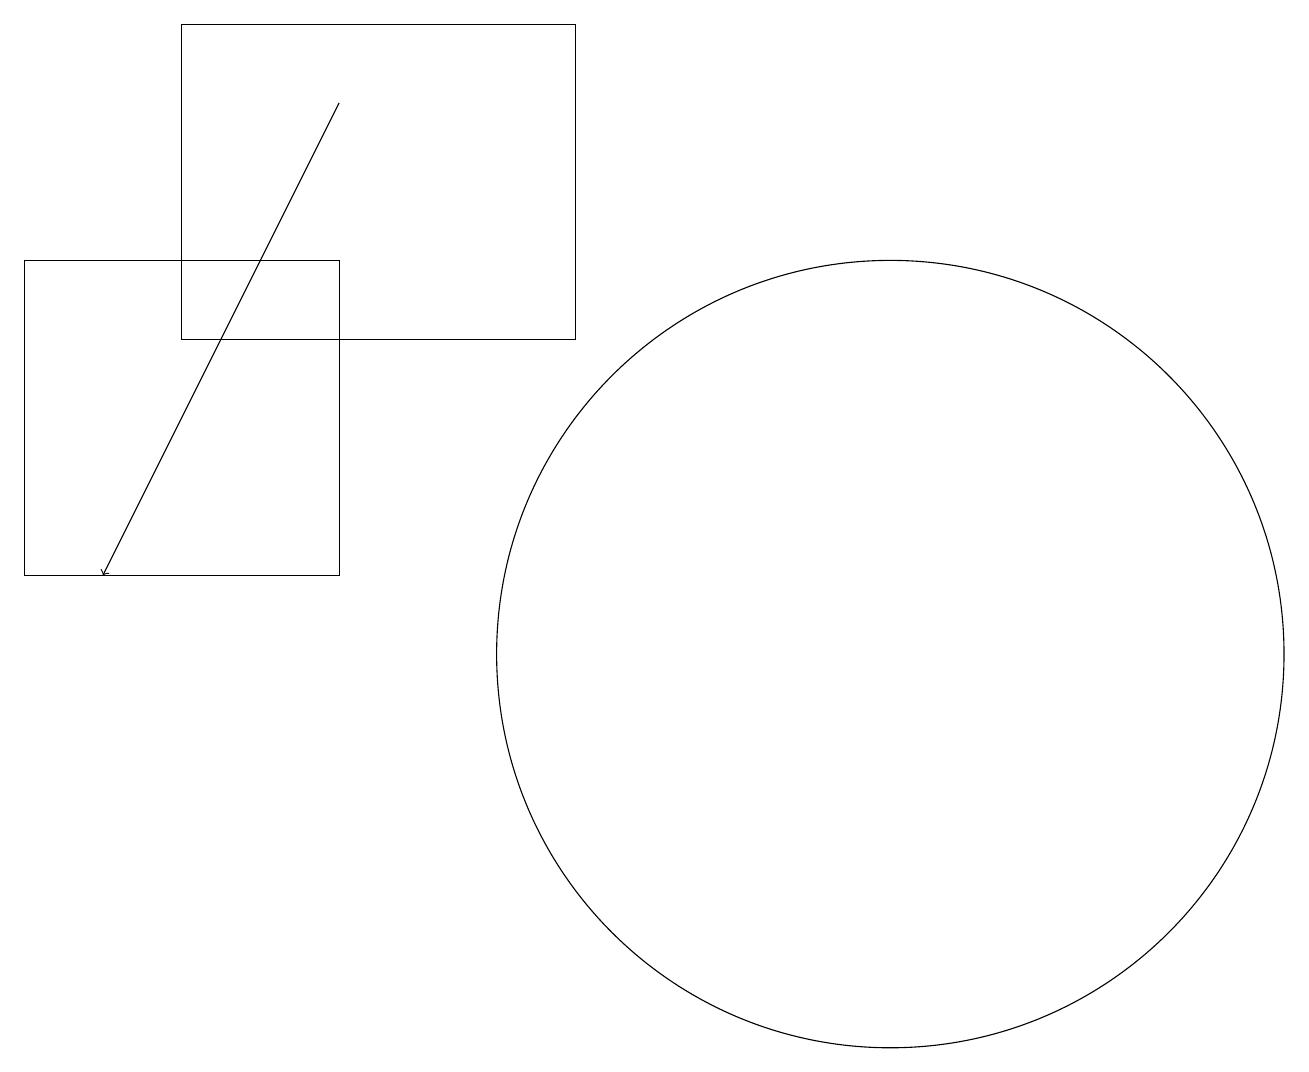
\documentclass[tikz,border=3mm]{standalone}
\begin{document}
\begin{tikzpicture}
\draw[->] (5,17) -- (2,11);
\draw (8,18) rectangle (3,14);
\draw (12,10) circle (5);
\draw (1,11) rectangle (5,15);
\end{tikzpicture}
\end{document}